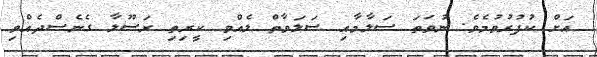
އަށް ކުފުރުވުމެވެ. ނުވަތަ ސަލާމާއި ޞަލަވާތް ލެއްވި ކީރިތި ރަސޫލާ ގެނެސްދެއްވި